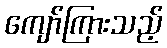
ကျော်ကြားသည့်